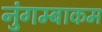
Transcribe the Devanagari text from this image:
नुंगम्बाकम